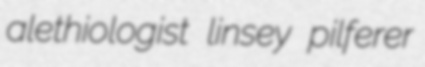
alethiologist linsey pilferer